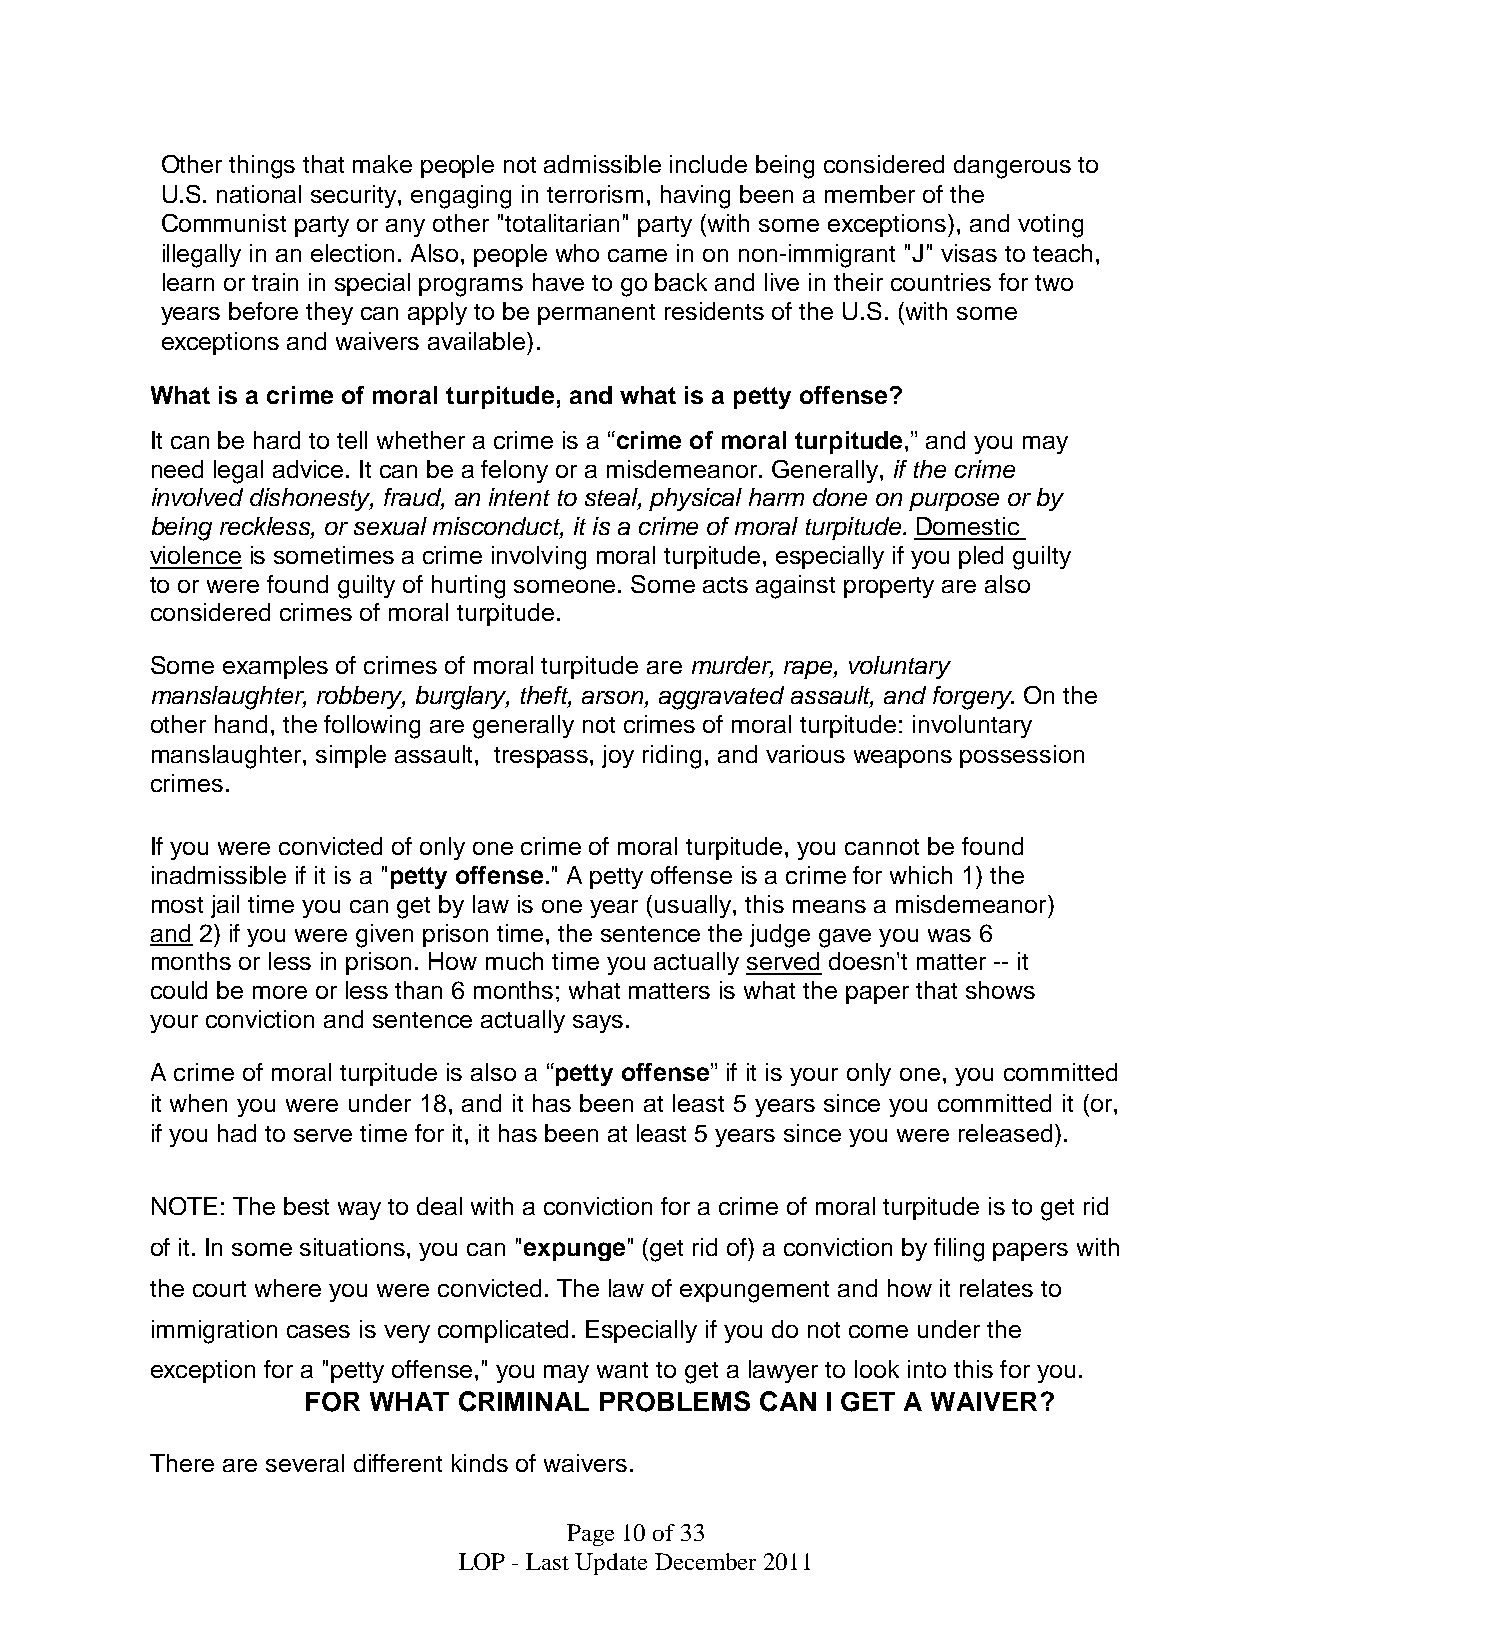
Other things that make people not admissible include being considered dangerous to
 U.S. national security, engaging in terrorism, having been a member of the
 Communist party or any other "totalitarian" party (with some exceptions), and voting
 illegally in an election. Also, people who came in on non-immigrant "J" visas to teach,
 learn or train in special programs have to go back and live in their countries for two
 years before they can apply to be permanent residents of the U.S. (with some
 exceptions and waivers available).
 What is a crime of moral turpitude, and what is a petty offense?
 It can be hard to tell whether a crime is a “crime of moral turpitude,” and you may
 need legal advice. It can be a felony or a misdemeanor. Generally, if the crime
 involved dishonesty, fraud, an intent to steal, physical harm done on purpose or by
 being reckless, or sexual misconduct, it is a crime of moral turpitude. Domestic
 violence is sometimes a crime involving moral turpitude, especially if you pled guilty
 to or were found guilty of hurting someone. Some acts against property are also
 considered crimes of moral turpitude.
 Some examples of crimes of moral turpitude are murder, rape, voluntary
 manslaughter, robbery, burglary, theft, arson, aggravated assault, and forgery. On the
 other hand, the following are generally not crimes of moral turpitude: involuntary
 manslaughter, simple assault, trespass, joy riding, and various weapons possession
 crimes.
 If you were convicted of only one crime of moral turpitude, you cannot be found
 inadmissible if it is a "petty offense." A petty offense is a crime for which 1) the
 most jail time you can get by law is one year (usually, this means a misdemeanor)
 and 2) if you were given prison time, the sentence the judge gave you was 6
 months or less in prison. How much time you actually served doesn't matter -- it
 could be more or less than 6 months; what matters is what the paper that shows
 your conviction and sentence actually says.
 A crime of moral turpitude is also a “petty offense” if it is your only one, you committed
 it when you were under 18, and it has been at least 5 years since you committed it (or,
 if you had to serve time for it, it has been at least 5 years since you were released).
 NOTE: The best way to deal with a conviction for a crime of moral turpitude is to get rid
 of it. In some situations, you can "expunge" (get rid of) a conviction by filing papers with
 the court where you were convicted. The law of expungement and how it relates to
 immigration cases is very complicated. Especially if you do not come under the
 exception for a "petty offense," you may want to get a lawyer to look into this for you.
 FOR WHAT  CRIMINAL  PROBLEMS  CAN  I GET A WAIVER?
 There are several different kinds of waivers.
 Page10of33
 LOP - Last UpdateDecember2011